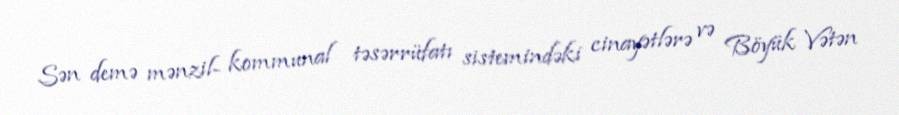
Sən demə mənzil- kommunal təsərrüfatı sistemindəki cinayətlərə və Böyük Vətən